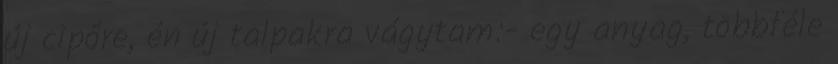
új cipőre, én új talpakra vágytam:- egy anyag, többféle